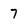
Character: 7